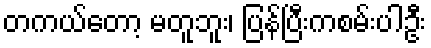
တကယ်တော့ မတူဘူး၊ ပြန်ပြီးကစမ်းပါဦး